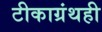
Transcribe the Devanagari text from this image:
टीकाग्रंथही